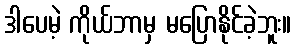
ဒါပေမဲ့ ကိုယ်ဘာမှ မပြောနိုင်ခဲ့ဘူး။